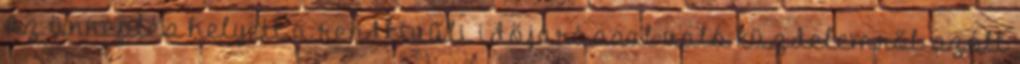
Az ünneplés helyett a rendkívüli időjárással való küzdelemről szólt